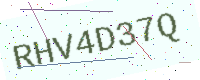
Text: RHV4D37Q